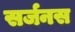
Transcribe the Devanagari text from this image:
सर्जनस